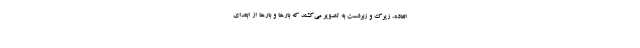
العاده، زیرک و زبردست به تصویر می‌کشند که بارها و بارها از ابتدای